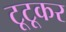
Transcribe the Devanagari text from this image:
टूटूकर